Report on sanitation, dispensaries, and jails in Rajputana for 1916, and on vaccination for the year 1916-1917 - 1916-1917
Year: 1916
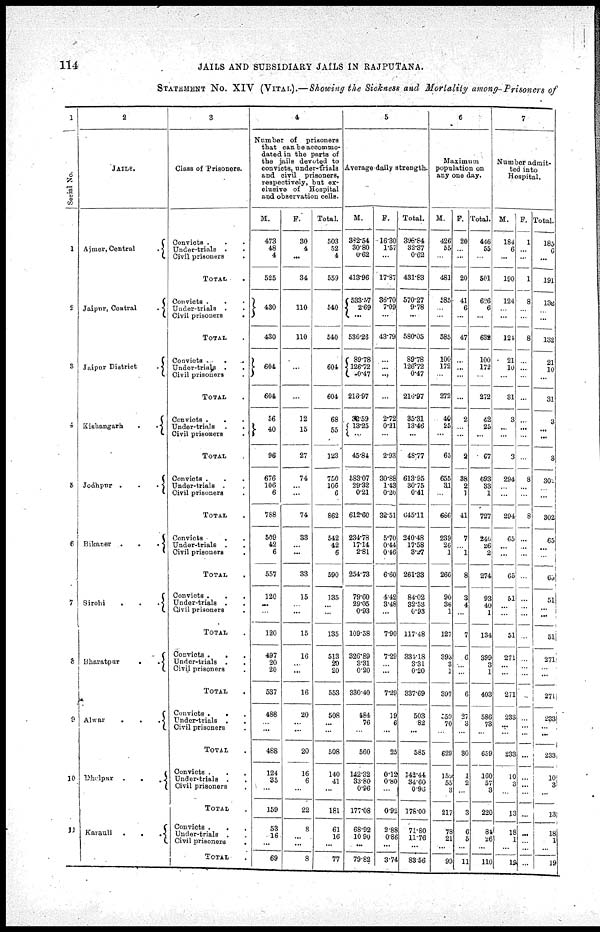
114
JAILS AND SUBSIDIARY JAILS IN RAJPUTANA.
STATEMENT NO. XIV (VITAL).—Showing the Sickness and Mortality among Prisoners of
1
Serial No.
1
2
3
4
5
6
7
8
9
10
11
2
JAILS.
Ajmer, Central
.
Jaipur, Central
.
Jaipur District
.
Kishangarh
..
Jodhpur
...
Bikaner
...
Sirohi
...
Bharatpur
..
Alwar
...
Dholpur
..
Karauli
...
3
Class of Prisoners.
Convicts ...
Under-trials ..
Civil prisoners
.
TOTAL .
Convicts ...
Under-trials ..
Civil prisoners
.
TOTAL .
Convicts
...
Under-trials ..
Civil prisoners .
TOTAL .
Convicts
...
Under-trials ..
Civil prisoners .
TOTAL .
Convicts ...
Under-trials ..
Civil prisoners .
TOTAL .
Convicts
...
Under-trials ..
Civil prisoners .
TOTAL .
Convicts ...
Under-trials
..
Civil prisoners .
TOTAL .
Convicts
...
Under-trials ..
Civil prisoners .
TOTAL .
Convicts
...
Under-trials
..
Civil prisoners .
TOTAL .
Convicts ...
Under-trials ..
Civil prisoners .
TOTAL .
Convicts
...
Under-trials .
Civil prisoners .
TOTAL .
4
Number of
prisoners
that can be accommo-
dated in the parts of
the jails devoted to
convicts, under-trials
and civil prisoners,
respectively, but ex-
clusive of
Hospital
and observation cells.
M.
473
48
4
525
430
430
604
604
56
40
96
676
106
6
788
509
42
6
557
120
...
...
120
497
20
20
537
488
...
...
488
124
35
...
159
53
16
...
69
F.
30
4
...
34
110
110
...
...
12
15
27
74
...
...
74
33
... ...
33
15
...
...
15
16
... ...
16
20
...
...
20
16
6
...
22
8
...
...
8
Total.
503
52
4
559
540
540
604
604
68
55
123
750
106
6
862
542
42
6
590
135
... ...
135
513
20
20
553
508
...
...
508
140
41
...
181
61
16
...
77
5
Average daily strength.
M.
382.54
30.80
0.62
413.96
533.57
2.69
...
536.26
89.78
126.72
0.47
215.97
32.59
13.25
...
45.84
583.07
29.32
0.21
612.60
234.78
17.14
2.81
254.73
79.60
29.05
0.93
109.58
326.89
3.31
0.20
330.40
484
76
...
560
142.32
33.80
0.96
177.08
68.92
10.90
...
79.82
F.
16.30
1.57
...
17.87
36.70
7.09
...
43.79
...
...
...
...
2.72
0.21
...
2.93
30.88
1.43
0.20
32.51
5.70
0.44
0.46
6.60
4.42
3.48
...
7.90
7.29
... ...
7.29
19
6
...
25
0.12
0.80
...
0.92
2.88
0.86
...
3.74
Total.
396.84
32.37
0.62
431.83
570.27
9.78
...
580.05
89.78
126.72
0.47
215.97
35.31
13.46
...
48.77
613.95
30.75
0.41
645.11
240.48
17.58
3.27
261.33
84.02
32.53
0.93
117.48
334.18
3.31
0.20
337.69
503
82
...
585
142.44
34.60
0.96
178.00
71.80
11.76
...
83.56
6
Maximum
population on
any one day.
M.
426
55
...
481
585
...
...
585
100
172
...
272
40
25
...
65
655
31
...
686
239
26
1
266
90
36
1
127
393
3
1
397
559
70
...
629
159
55
3
217
78
21
...
99
F.
20
...
...
20
41
6
...
47
...
...
...
...
2
...
...
2
38
2
1
41
7
...
1
8
3
4
...
7
6
...
...
6
27
3
...
30
1
2
...
3
6
5
...
11
Total.
446
55
...
501
626
6
...
632
100
172
...
272
42
25
...
67
693
33
1
727
246
26
2
274
93
40
1
134
399
3
1
403
586
73
...
659
160
57
3
220
84
26
...
110
7
Number admit-
ted into
Hospital.
M.
184
6
...
190
124
...
...
124
21
10
...
31
3
...
...
3
294
...
...
294
65
...
...
65
51
... ...
51
271
...
...
271
233
...
...
233
10
3
...
13
18
1
...
19
F.
1
...
...
1
8
...
...
8
...
...
...
...
...
...
...
...
8
...
...
8
...
...
...
...
...
...
...
...
...
...
...
...
...
...
...
...
...
...
...
...
...
...
...
...
Total.
185
6
...
191
132
...
...
132
21
10
...
31
3
...
...
8
302
...
...
302i
65
...
...
65
51
... ...
51
271
...
...
271
233
...
...
233
10
3
...
13
18
1
...
19